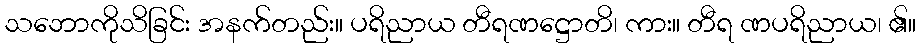
သဘောကိုသိခြင်း အနက်တည်း။ ပရိညာယ တီရဏဋ္ဌောတိ၊ ကား။ တီရ ဏပရိညာယ၊ ၏။